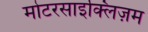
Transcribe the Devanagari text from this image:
मोटरसाइक्लिज़म